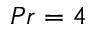
P r = 4